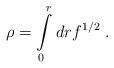
LaTeX: \begin{align*}\rho = \int\limits_{0}^{r} drf^{1/2} \;.\end{align*}